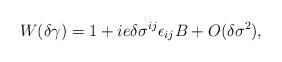
LaTeX: \begin{align*}W(\delta\gamma)=1+ie\delta\sigma^{ij}\epsilon_{ij}B+O(\delta\sigma^2),\end{align*}